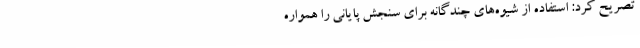
تصریح کرد: استفاده از شیوه‌های چندگانه برای سنجش پایانی را همواره